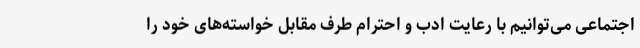
اجتماعی می‌توانیم با رعایت ادب و احترام طرف مقابل خواسته‌های خود را